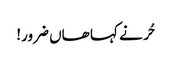
حُر نے کہا ھاں ضرور!